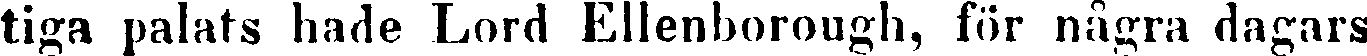
tiga palats hade Lord Ellenborough, för några dagars